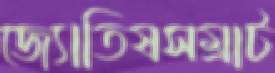
জ্যোতিষসম্রাট